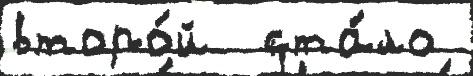
второ́й  ста́ло